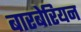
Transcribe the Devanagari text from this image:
बारबेरियन